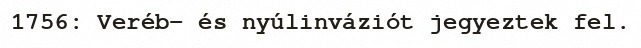
1756: Veréb- és nyúlinváziót jegyeztek fel.